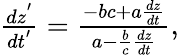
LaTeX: \begin{array}{r}{\frac{dz^{'}}{dt^{'}}=\frac{-bc+a\frac{dz}{dt}}{a-\frac{b}{c}\frac{dz}{dt}},}\end{array}